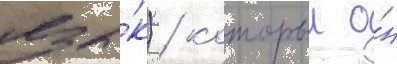
язы́к) / которыи о́н